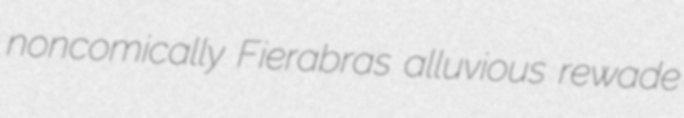
noncomically Fierabras alluvious rewade